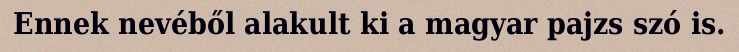
Ennek nevéből alakult ki a magyar pajzs szó is.